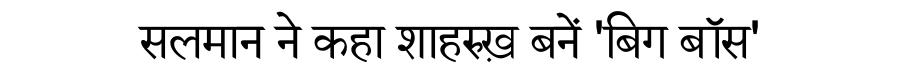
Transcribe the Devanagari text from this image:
सलमान ने कहा शाहरुख़ बनें 'बिग बॉस'